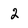
Character: 2